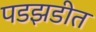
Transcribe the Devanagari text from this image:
पडझडीत